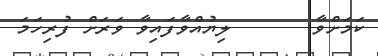
ކަމަށްވާ       ލިޔުއްވާފައިވާ ވަރަށް ފުރިހަމަ